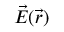
\vec { E } ( \vec { r } )